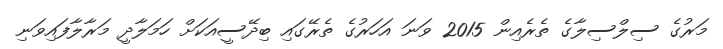
މަރުގެ ސިލްސިލާގެ ތެރެއިން 2015 ވަނަ އަހަރުގެ ތެރޭގައި ބިދޭސީއަކަށް ހަމަލާދީ މަރާލާފައިވަނި